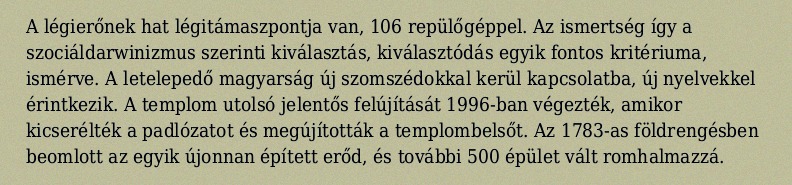
A légierőnek hat légitámaszpontja van, 106 repülőgéppel. Az ismertség így a szociáldarwinizmus szerinti kiválasztás, kiválasztódás egyik fontos kritériuma, ismérve. A letelepedő magyarság új szomszédokkal kerül kapcsolatba, új nyelvekkel érintkezik. A templom utolsó jelentős felújítását 1996-ban végezték, amikor kicserélték a padlózatot és megújították a templombelsőt. Az 1783-as földrengésben beomlott az egyik újonnan épített erőd, és további 500 épület vált romhalmazzá.